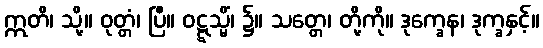
ဣတိ၊ သို့။ ဝုတ္တံ၊ ပြီ။ ဝဋ္ဋသ္မိံ၊ ၌။ သတ္တေ၊ တို့ကို။ ဒုက္ခေန၊ ဒုက္ခနှင့်။